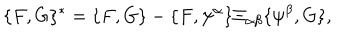
LaTeX: \{ F , G \} ^ { * } = \{ F , G \} - \{ F , \psi ^ { \alpha } \} \Xi _ { \alpha \beta } \{ \psi ^ { \beta } , G \} ,